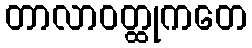
တာလာဝတ္ထုကတေ